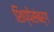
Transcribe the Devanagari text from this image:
शिप्पेसंबर्ग